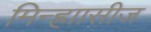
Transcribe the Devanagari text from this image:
मिन्ह्राासीज